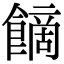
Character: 𩝿